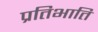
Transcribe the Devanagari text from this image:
प्रतिभाति